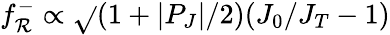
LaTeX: f_{\mathcal{R}}^{-}\propto\sqrt{}{{(1+|P_{J}|/2)(J_{0}/J_{T}-1)}}